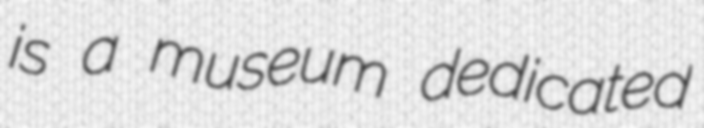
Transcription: is a museum dedicated